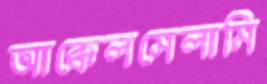
আক্কেলসেলামি